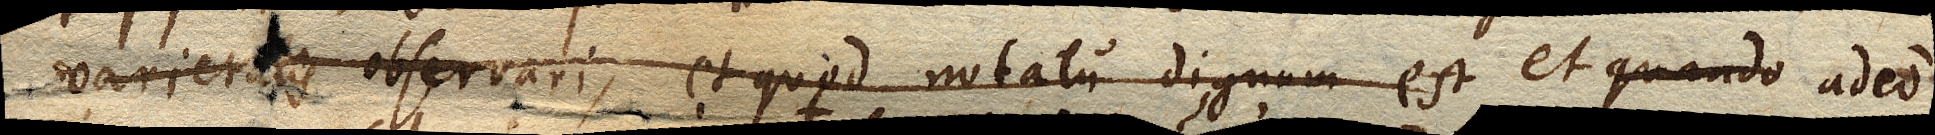
diversos gravitatis aereae gradus mensurari; et adeo